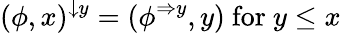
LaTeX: (\phi,x)^{\downarrow y}=(\phi^{\Rightarrow y},y){\mathrm{~for~}}y\leq x